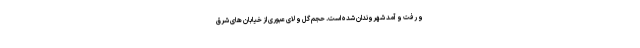
و رفت‌ و آمد شهروندان شده است. حجم گِل و لای عبوری از خیابان های شرق